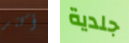
أكثر جلدية